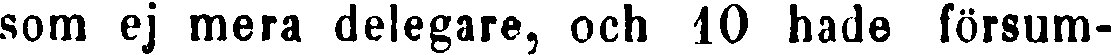
som ej mera delegare, och 10 hade försum-